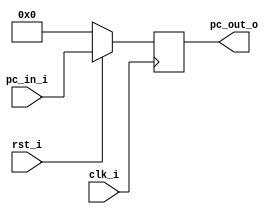
// 0610780

//Subject:     CO project 2 - PC
//--------------------------------------------------------------------------------
//Version:     1
//--------------------------------------------------------------------------------
//Writer:      Luke
//----------------------------------------------
//----------------------------------------------
//Description:
//--------------------------------------------------------------------------------

module ProgramCounter(
    clk_i,
	rst_i,
	pc_in_i,
	pc_out_o
	);

//I/O ports
input           clk_i;
input	        rst_i;
input  [32-1:0] pc_in_i;
output [32-1:0] pc_out_o;

//Internal Signals
reg    [32-1:0] pc_out_o;

//Parameter


//Main function
always @(posedge clk_i) begin
    if(~rst_i)
	    pc_out_o <= 0;
	else
	    pc_out_o <= pc_in_i;
end

endmodule